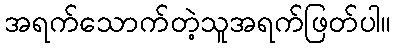
အရက်သောက်တဲ့သူအရက်ဖြတ်ပါ။